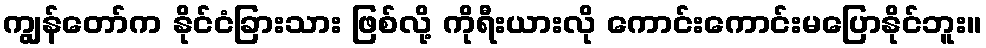
ကျွန်တော်က နိုင်ငံခြားသား ဖြစ်လို့ ကိုရီးယားလို ကောင်းကောင်းမပြောနိုင်ဘူး။